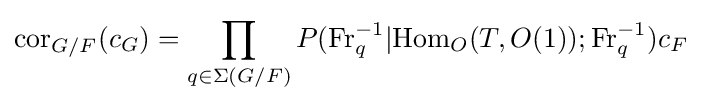
{\rm {cor}}_{G/F}(c_{G})=\prod _{q\in \Sigma (G/F)}P(\mathrm {Fr} _{q}^{-1}|{\rm {Hom}}_{O}(T,O(1));\mathrm {Fr} _{q}^{-1})c_{F}